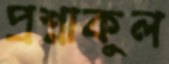
প্রশ্নাকুল